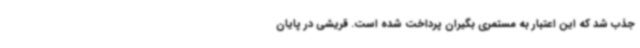
جذب شد که این اعتبار به مستمری بگیران پرداخت شده است. قریشی در پایان